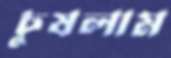
চুষলাম